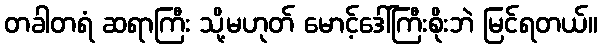
တခါတရံ ဆရာကြီး သို့မဟုတ် မောင့်ဒေါ်ကြီးစိုးဘဲ မြင်ရတယ်။